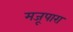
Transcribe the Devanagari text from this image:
मजूपारा